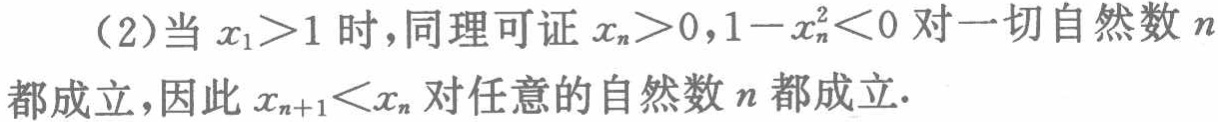
（2）当 \(x_{1}>1\) 时，同理可证 \(x_{n}>0,1 - x_{n}^{2}<0\) 对一切自然数 \(n\) 都成立，因此 \(x_{n + 1}<x_{n}\) 对任意的自然数 \(n\) 都成立.